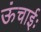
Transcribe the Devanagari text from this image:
ऊंचाईः